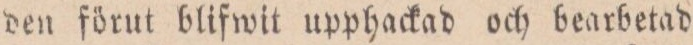
den förut blifwit upphackad och bearbetad